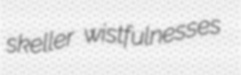
skeller wistfulnesses